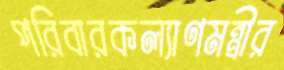
পরিবারকল্যাণমন্ত্রীর